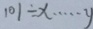
1 0 1 \div x \cdots y